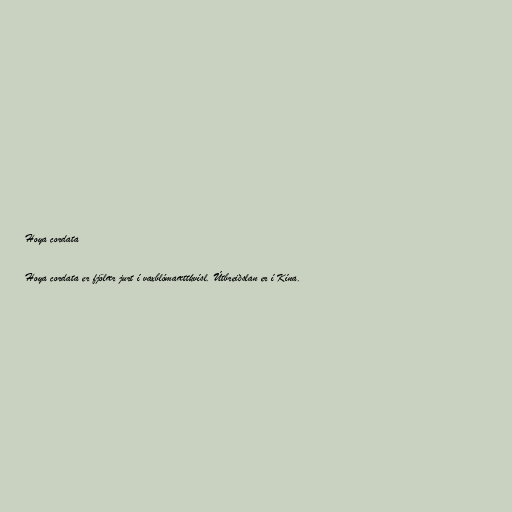
Hoya cordata

Hoya cordata er fjölær jurt í vaxblómaættkvísl. Útbreiðslan er í Kína.